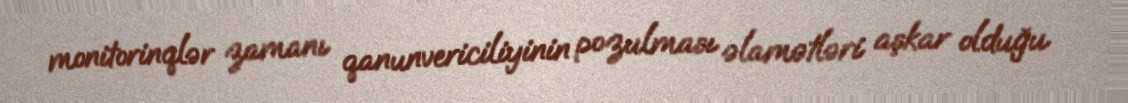
monitorinqlər zamanı qanunvericiliyinin pozulması əlamətləri aşkar olduğu